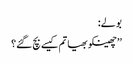
بولے:
’’چھینکو بھیا تم کیسے بچ گئے؟